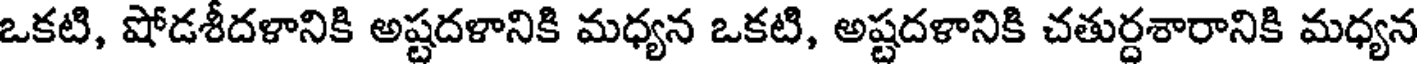
ఒకటి, షోడశీదళానికి అష్టదళానికి మధ్యన ఒకటి, అష్టదళానికి చతుర్దశారానికి మధ్యన